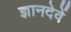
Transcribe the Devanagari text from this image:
ज्ञानदेवें